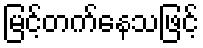
မြင့်တက်နေသဖြင့်